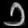
Digit: ၁